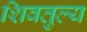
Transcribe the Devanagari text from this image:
शिवतुल्य